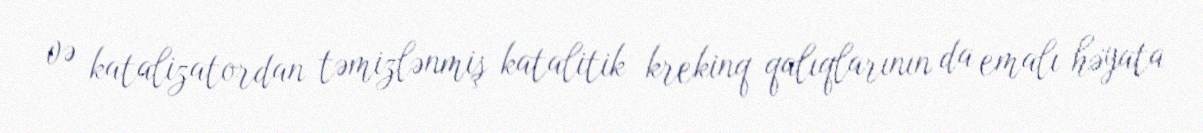
və katalizatordan təmizlənmiş katalitik krekinq qalıqlarının da emalı həyata